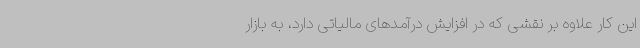
این کار علاوه بر نقشی که در افزایش درآمدهای مالیاتی دارد، به بازار